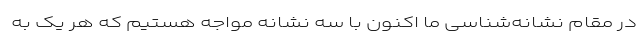
در مقام نشانه‌شناسی ما اکنون با سه نشانه مواجه هستیم که هر یک به